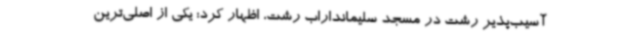
آسیب‌پذیر رشت در مسجد سلیمانداراب رشت، اظهار کرد: یکی از اصلی‌ترین